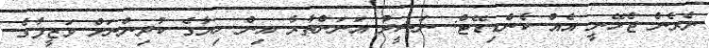
ނެރެން ޖެހޭނީ އެއް ކެންޑިޑޭޓް: ނަޝީދު އަނަންތާރާ އިން ހިޔާގެ ކުދިންނަށް ވަޒީފާގެ